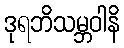
ဒုရဘိသမ္ဘဝါနိ